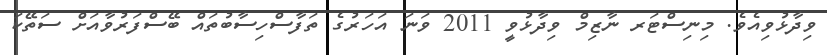
ވިދާޅުވިއެވެ. މިނިސްޓަރ ނާޒިމް ވިދާޅުވީ 2011 ވަނަ އަހަރުގެ ތަފާސްހިސާބުތައް ބޭސްފަރުވާއަށް ސަތޭކަ